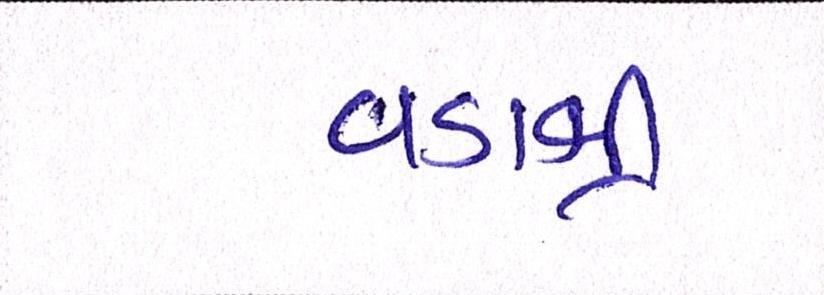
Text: વડાશ્રી